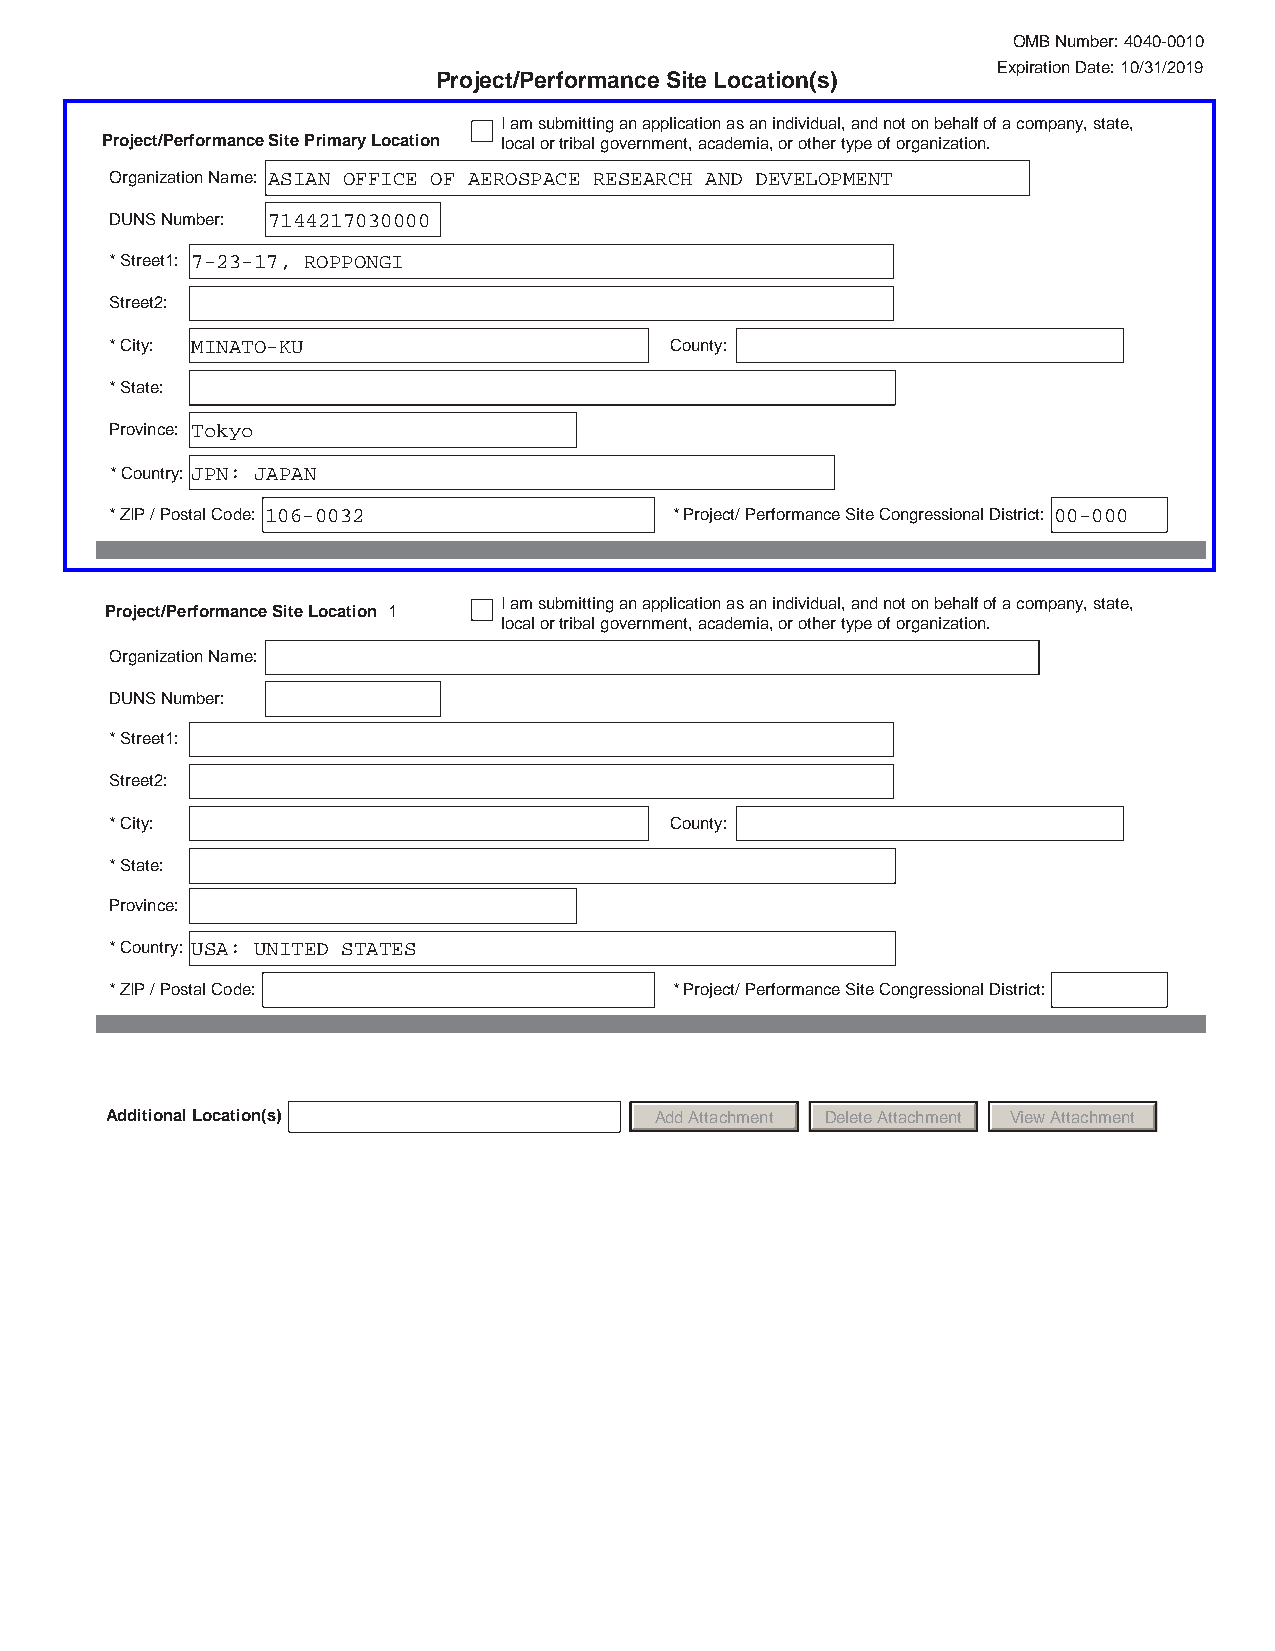
OMB Number: 4040-0010
 Expiration Date: 10/31/2019
 Project/Performance Site Location(s)
 I am submitting an application as an individual, and not on behalf of a company, state,
 Project/Performance Site Primary Location local or tribal government, academia, or other type of organization.
 Organization Name: ASIAN OFFICE OF AEROSPACE RESEARCH AND DEVELOPMENT
 DUNS Number: 7144217030000
 *Street1: 7-23-17, ROPPONGI
 Street2:
 *City: MINATO-KU                     County:
 *State:
 Province: Tokyo
 *Country: JPN: JAPAN
 *ZIP / Postal Code: 106-0032          *Project/ Performance Site Congressional District: 00-000
 I am submitting an application as an individual, and not on behalf of a company, state,
 Project/Performance Site Location 1
 local or tribal government, academia, or other type of organization.
 Organization Name:
 DUNS Number:
 *Street1:
 Street2:
 *City:                               County:
 *State:
 Province:
 *Country: USA: UNITED STATES
 *ZIP / Postal Code:                   *Project/ Performance Site Congressional District:
 Additional Location(s)              AddAttachment DeleteAttachment ViewAttachment